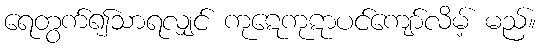
ရေတွက်၍သာရလျှင် ကုဋေကုဋာပင်ကျော်လိမ့် မည်။